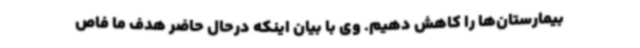
بیمارستان‌ها را کاهش دهیم. وی با بیان اینکه درحال حاضر هدف ما فاص